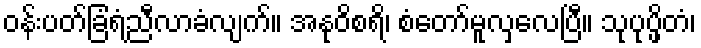
ဝန်းပတ်ခြံရံညီလာခံလျက်။ အနုဝိစရိ၊ စံတော်မူလှလေပြီ။ သုပုပ္ဖိတံ၊